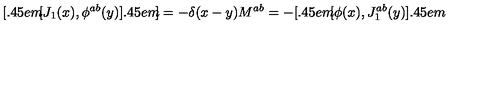
{ } [ \kern - 0 . 4 5 e m \llap [ J _ { 1 } ( x ) , \phi ^ { a b } ( y ) ] \kern - 0 . 4 5 e m \llap ] = - \delta ( x - y ) M ^ { a b } = - [ \kern - 0 . 4 5 e m \llap [ \phi ( x ) , J _ { 1 } ^ { a b } ( y ) ] \kern - 0 . 4 5 e m \llap ~